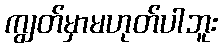
ကျွတ်မှာမဟုတ်ပါဘူး